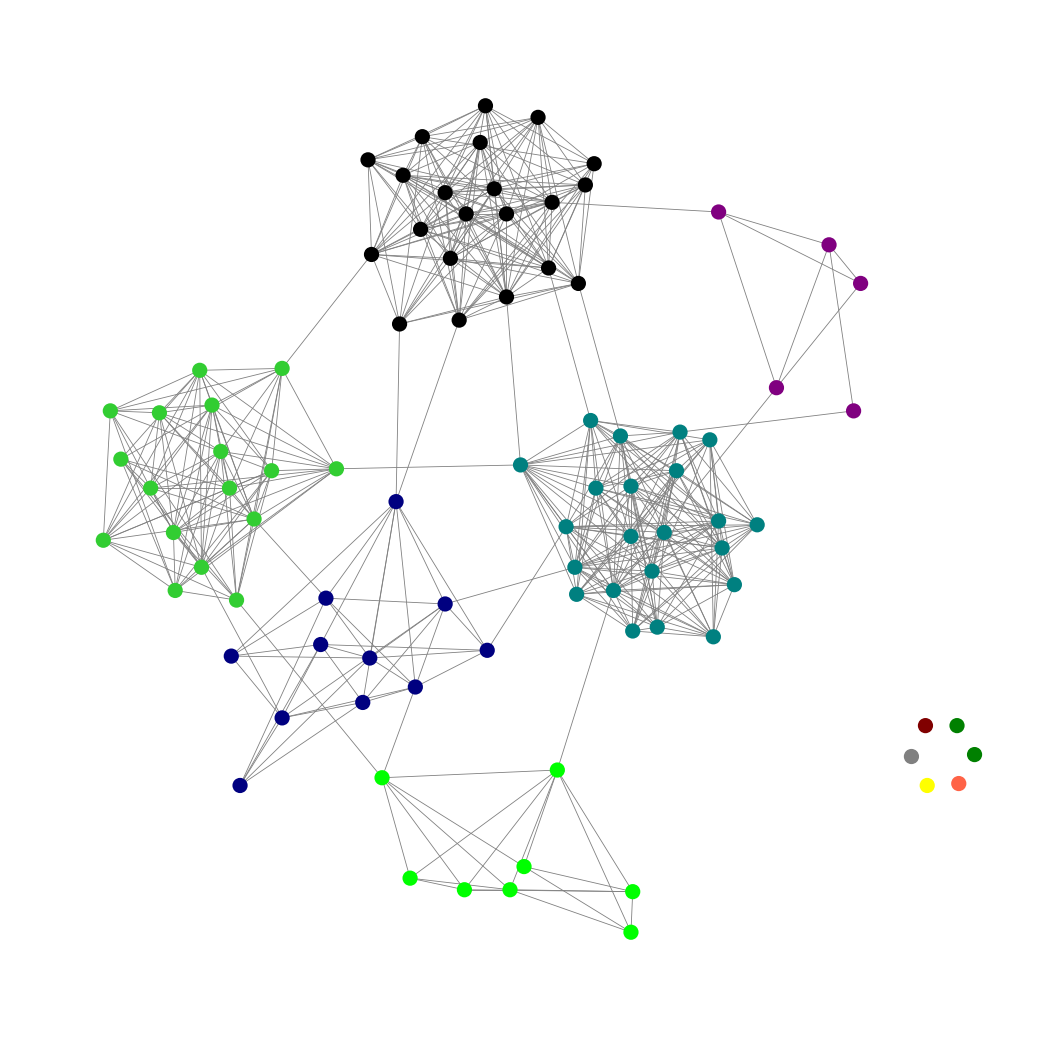
Graph connected: No
Number of connected components: 7
Number of singletons: 6
Total number of nodes: 90
Total number of edges: 495
Number of communities: 11
Community sizes:
Black: 21
Gray: 1
Green: 2
Lime: 8
Lime Green: 17
Maroon: 1
Navy: 11
Purple: 5
Teal: 22
Tomato: 1
Yellow: 1
Graph layout: tda
Graph generation method: erdos_renyi